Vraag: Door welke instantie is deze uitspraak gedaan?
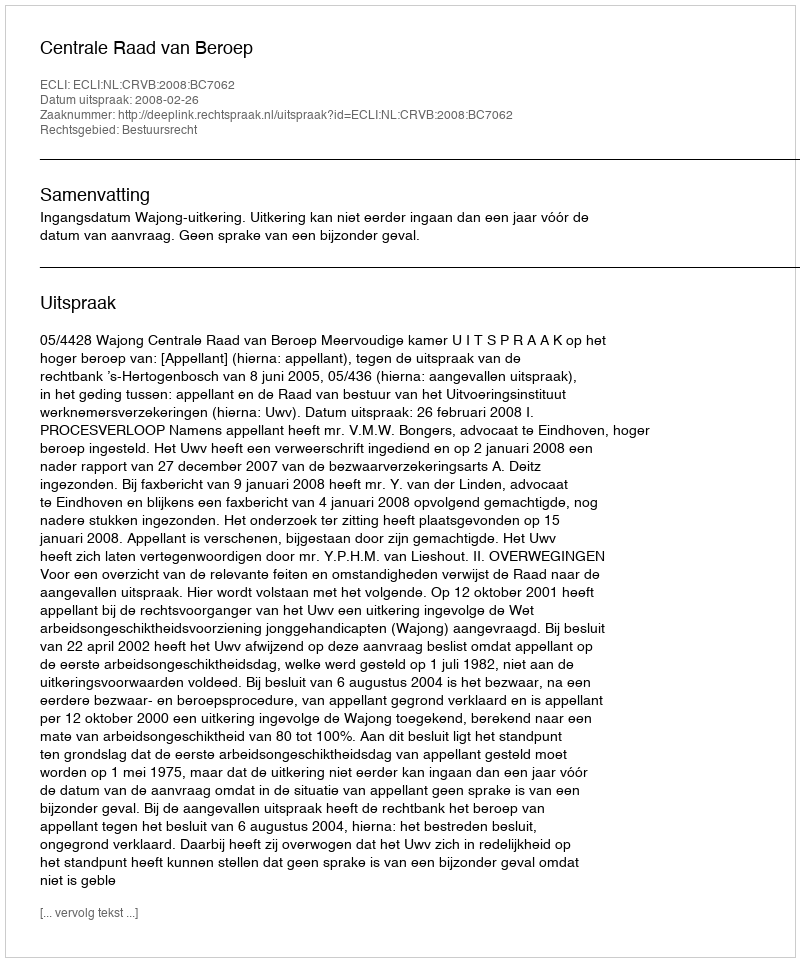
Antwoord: Centrale Raad van Beroep